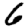
Digit: 6